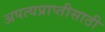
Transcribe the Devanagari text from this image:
अपत्यप्राप्तीसाठी